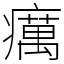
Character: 癘